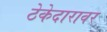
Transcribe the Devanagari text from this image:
ठेकेदारावर